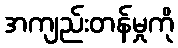
အကျည်းတန်မှုကို